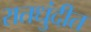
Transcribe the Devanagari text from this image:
रातधुंदीत